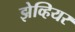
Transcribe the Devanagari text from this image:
झेव्हियर